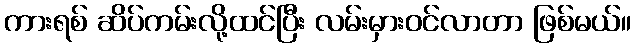
ကားရစ် ဆိပ်ကမ်းလို့ထင်ပြီး လမ်းမှားဝင်လာတာ ဖြစ်မယ်။